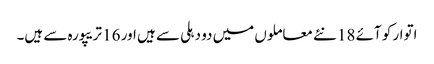
اتوار کو آئے 18 نئے معاملوں میں دو دہلی سے ہیں اور 16 تریپورہ سے ہیں۔